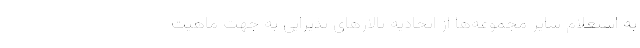
به استعلام سایر مجموعه‌ها از اتحادیه تالارهای پذیرایی به جهت ماهیت